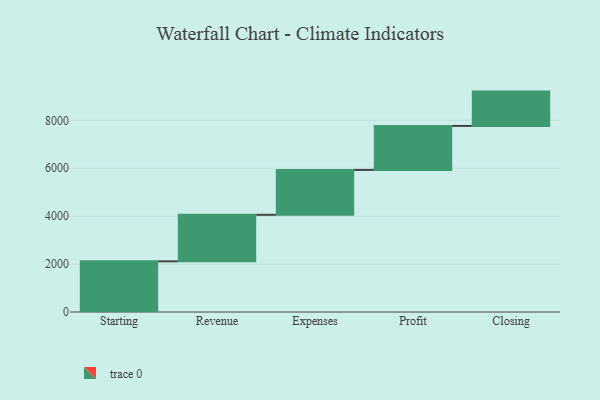
{"axis": {"x": "Step", "y": "Value"}, "legend": [""], "data": [{"x": "Starting", "y": 2115.0, "type": ""}, {"x": "Revenue", "y": 1941.0, "type": ""}, {"x": "Expenses", "y": 1873.0, "type": ""}, {"x": "Profit", "y": 1836.0, "type": ""}, {"x": "Closing", "y": 1433.0, "type": ""}]}